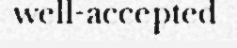
well-accepted